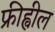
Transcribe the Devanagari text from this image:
फ्रीह्वील